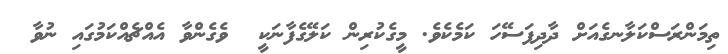
ތިމަންރަސްކަލާނގެއަށް ދާދިފަސޭހަ ކަމެކެވެ. މީގެކުރިން ކަލޭގެފާނަކީ  ވެގެންވާ އެއްޗެއްކަމުގައި ނުވާ